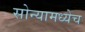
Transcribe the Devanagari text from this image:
सोन्यामध्येच